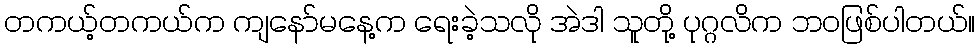
တကယ့်တကယ်က ကျနော်မနေ့က ရေးခဲ့သလို အဲဒါ သူတို့ ပုဂ္ဂလိက ဘဝဖြစ်ပါတယ်။